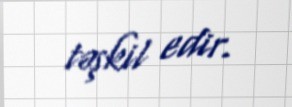
təşkil edir.